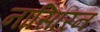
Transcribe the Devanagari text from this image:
नासिरिन